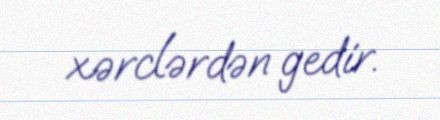
xərclərdən gedir.